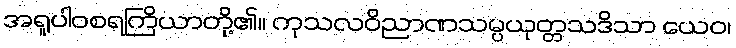
အရူပါဝစရကြိယာတို့၏။ ကုသလဝိညာဏသမ္ပယုတ္တသဒိသာ ယေဝ၊